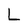
Character: L